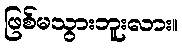
ဖြစ်မသွားဘူးလား။